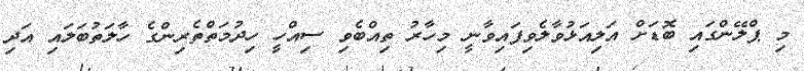
މި ޕްލޭންގައި ބޮޑަށް އަލިއަޅުވާލެވިފައިވާނީ މިހާރު ތިއްބެވި ސިއްހީ ހިދުމަތްތެރިންގެ ހާލަތުބަލައި އަދި